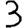
Digit: 3